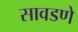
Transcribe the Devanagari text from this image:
सावडणे